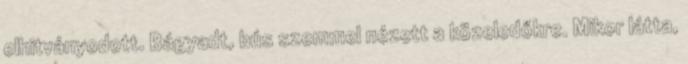
elhitványodott. Bágyadt, bús szemmel nézett a közeledőkre. Mikor látta,